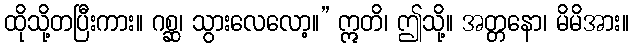
ထိုသို့တပြီးကား။ ဂစ္ဆ၊ သွားလေလော့။” ဣတိ၊ ဤသို့။ အတ္တနော၊ မိမိအား။